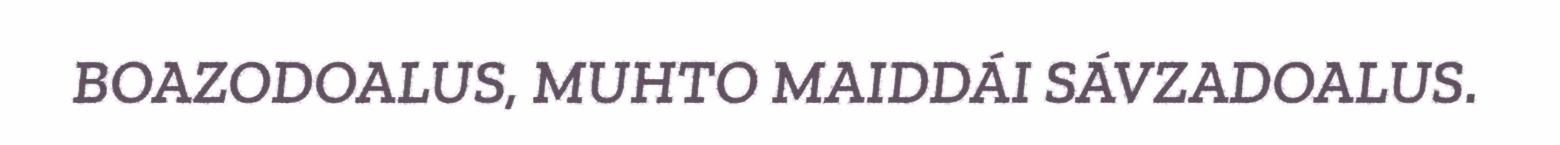
BOAZODOALUS, MUHTO MAIDDÁI SÁVZADOALUS.